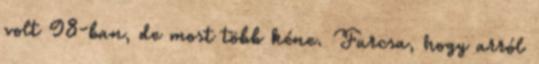
volt 98-ban, de most több kéne. Furcsa, hogy arról